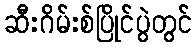
ဆီးဂိမ်းစ်ပြိုင်ပွဲတွင်